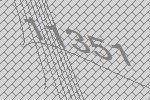
11351